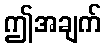
ဤအချက်